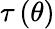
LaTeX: \tau\left(\theta\right)